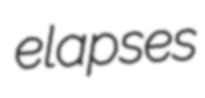
elapses